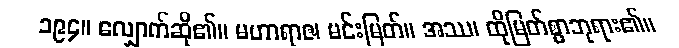
၁၉၄။ လျှောက်ဆို၏။ မဟာရာဇ၊ မင်းမြတ်။ အဿ၊ ထိုမြတ်စွာဘုရား၏။